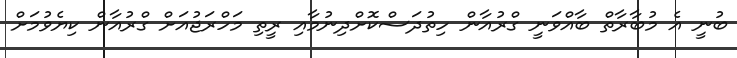
ބުނީ އެ މުބާރާތް ބާއްވަނީ ގްރުއާން ހިތުދަސްކޮށްދިނުމާއި ރީތި މަހްރަޖުއަށް ގްރުއާން ކިޔެވުމަށް